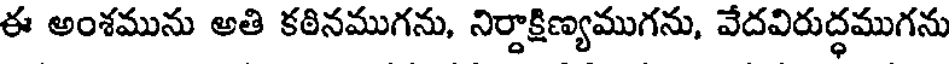
ఈ అంశమును అతి కఠినముగను, నిర్దాక్షిణ్యముగను, వేదవిరుద్ధముగను